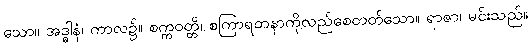
သော။ အဒ္ဓါနံ၊ ကာလ၌။ စက္ကဝတ္တိ၊ စကြာရတနာကိုလည်စေတတ်သော။ ရာဇာ၊ မင်းသည်။